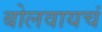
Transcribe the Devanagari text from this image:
बोलवायचं